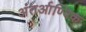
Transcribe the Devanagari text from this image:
अंतर्आण्विक